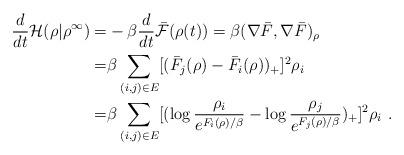
LaTeX: \begin{align*}\frac{d}{dt}\mathcal{H}(\rho|\rho^\infty)=&-\beta\frac{d}{dt}\mathcal{\bar F}(\rho(t))=\beta(\nabla\bar F, \nabla \bar F)_\rho\\=&\beta\sum_{ (i,j)\in E}[(\bar F_j(\rho)-\bar F_i(\rho))_+]^2\rho_i\\=&\beta\sum_{ (i,j)\in E}[(\log\frac{\rho_i}{e^{F_i(\rho)/\beta}}-\log \frac{\rho_j}{e^{F_j(\rho)/\beta}} )_+]^2\rho_i\ .\\\end{align*}